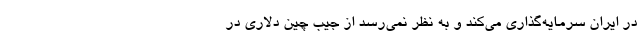
در ایران سرمایه‌گذاری می‌کند و به نظر نمی‌رسد از جیب چین دلاری در